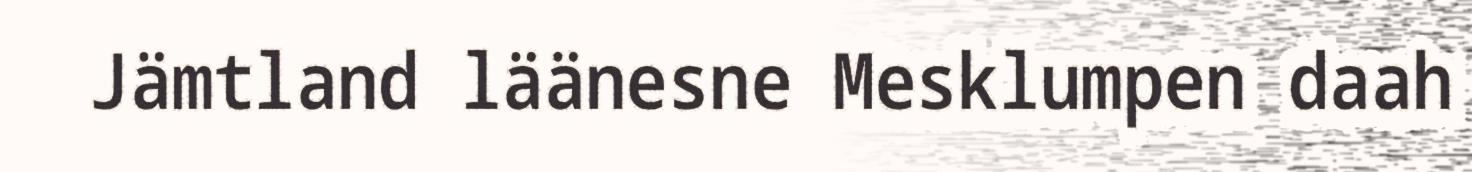
Jämtland läänesne Mesklumpen daah